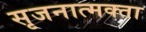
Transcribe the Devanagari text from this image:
सृजनात्मक्ता